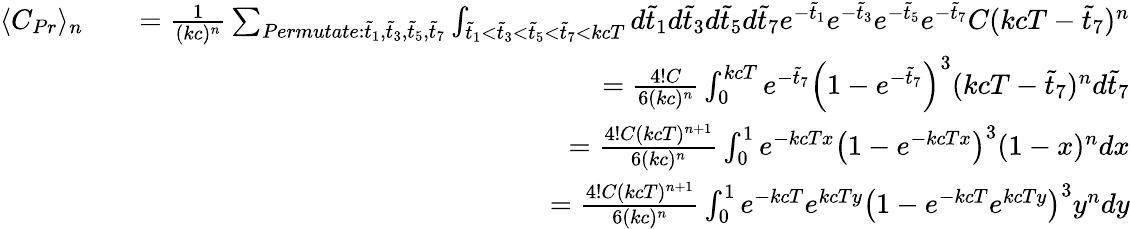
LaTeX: \begin{array}{rlr}{\langle C_{Pr}\rangle_{n}}&{}&{=\frac{1}{(kc)^{n}}\sum_{Permutate:\tilde{t}_{1},\tilde{t}_{3},\tilde{t}_{5},\tilde{t}_{7}}\int_{\tilde{t}_{1}<\tilde{t}_{3}<\tilde{t}_{5}<\tilde{t}_{7}<kcT}d\tilde{t}_{1}d\tilde{t}_{3}d\tilde{t}_{5}d\tilde{t}_{7}e^{-\tilde{t}_{1}}e^{-\tilde{t}_{3}}e^{-\tilde{t}_{5}}e^{-\tilde{t}_{7}}C(kcT-\tilde{t}_{7})^{n}}\\ &{}&{=\frac{4!C}{6(kc)^{n}}\int_{0}^{kcT}e^{-\tilde{t}_{7}}\left(1-e^{-\tilde{t}_{7}}\right)^{3}(kcT-\tilde{t}_{7})^{n}d\tilde{t}_{7}}\\ &{}&{=\frac{4!C(kcT)^{n+1}}{6(kc)^{n}}\int_{0}^{1}e^{-kcTx}\left(1-e^{-kcTx}\right)^{3}(1-x)^{n}dx}\\ &{}&{=\frac{4!C(kcT)^{n+1}}{6(kc)^{n}}\int_{0}^{1}e^{-kcT}e^{kcTy}\left(1-e^{-kcT}e^{kcTy}\right)^{3}y^{n}dy}\end{array}